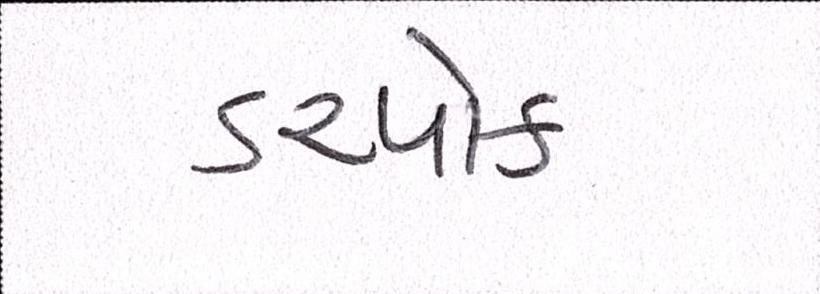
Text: ડરપોક